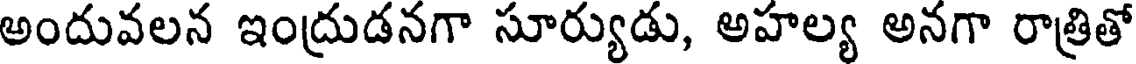
అందువలన ఇంద్రుడనగా సూర్యుడు, అహల్య అనగా రాత్రితో